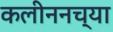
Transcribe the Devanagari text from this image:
कलीननच्या